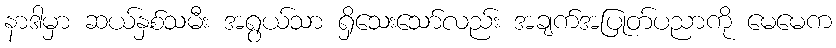
နာဒါမှာ ဆယ်နှစ်သမီး အရွယ်သာ ရှိသေးသော်လည်း အချက်အပြုတ်ပညာကို မေမေက